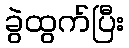
ခွဲထွက်ပြီး